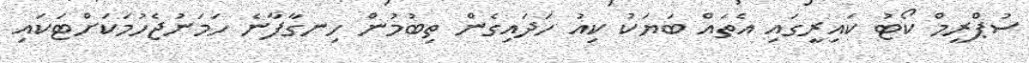
ސުޕްރީމް ކޯޓު ކައިރީގައި އެތައް ބަޔަކު ކިއު ހަދައިގެން ތިބުމުން ހިނގާފާނެ ހަމަނުޖެހުމަކަށްޓަކައި